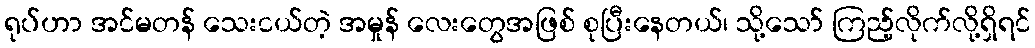
ရုပ်ဟာ အင်မတန် သေးငယ်တဲ့ အမှုန် လေးတွေအဖြစ် စုပြီးနေတယ်၊ သို့သော် ကြည့်လိုက်လို့ရှိရင်